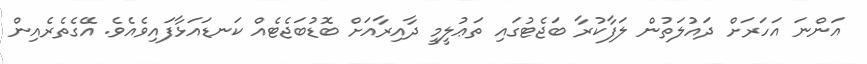
އަންނަ އަހަރަށް ދައުލަތުން ލަފާކުރާ ބަޖެޓުގައި ތަޢުލީމީ ދާއިރާއަށް ބޮޑުބަޖެޓެއް ކަނޑައަޅާފައިވެއެވެ. އޭގެތެރެއިން